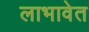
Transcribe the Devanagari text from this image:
लाभावेत